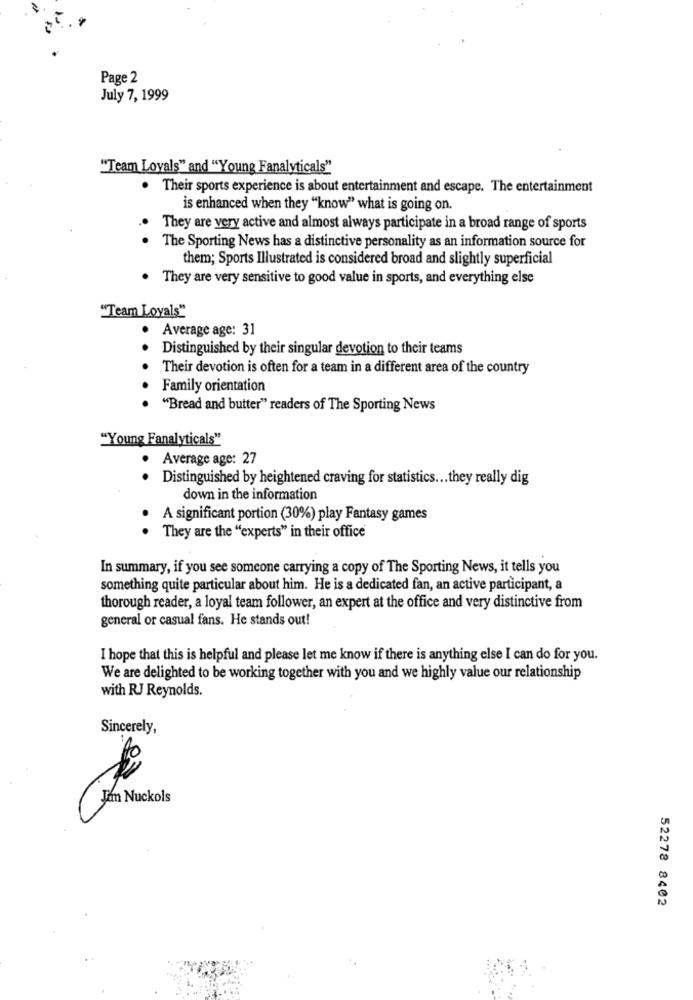
Page 2
July 7, 1999
"Team Loyals" and "Young Fanalyticals"
. Their sports experience is about entertainment and escape. The entertainment
is enhanced when they "know" what is going on.
They are very active and almost always participate in a broad range of sports
. The Sporting News has a distinctive personality as an information source for
them; Sports Illustrated is considered broad and slightly superficial
. They are very sensitive to good value in sports, and everything else
"Team Loyals"
Average age: 31
Distinguished by their singular devotion to their teams
.
Their devotion is often for a team in a different area of the country
Family orientation
"Bread and butter" readers of The Sporting News
"Young Fanalyticals"
Average age: 27
Distinguished by heightened craving for statistics ... they really dig
. .
down in the information
A significant portion (30%) play Fantasy games
..
They are the "experts" in their office
In summary, if you see someone carrying a copy of The Sporting News, it tells you
something quite particular about him. He is a dedicated fan, an active participant, a
thorough reader, a loyal team follower, an expert at the office and very distinctive from
general or casual fans. He stands out!
I hope that this is helpful and please let me know if there is anything else I can do for you.
We are delighted to be working together with you and we highly value our relationship
with RJ Reynolds.
Sincerely,
Jan Nuckols
52278 8402